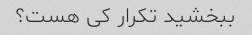
ببخشید تکرار کی هست؟